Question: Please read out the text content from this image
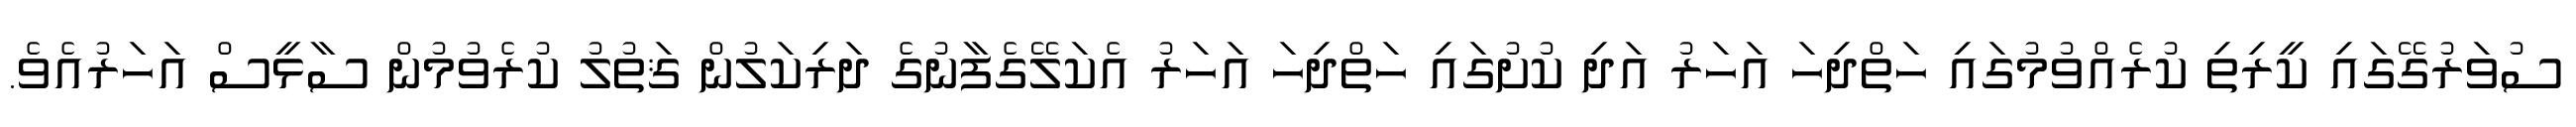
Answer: ސުވަރުގޭގައި ކީރިތި ކުރެއްވުމުގައި ހަތްދިހަ އަހަރު އަދި ކުށުގައި ހަތްދިހަ އަހަރު އެކަލޭގެފާނުގެ ދަރިކަލުން ޤަތުލު ކުރެވުމުން ސާޅީސް އަހަރުއެވެ.